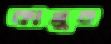
কামুর